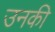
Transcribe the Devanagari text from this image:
उनकी